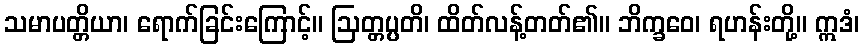
သမာပတ္တိယာ၊ ရောက်ခြင်းကြောင့်။ ဩတ္တပ္ပတိ၊ ထိတ်လန့်တတ်၏။ ဘိက္ခဝေ၊ ရဟန်းတို့။ ဣဒံ၊